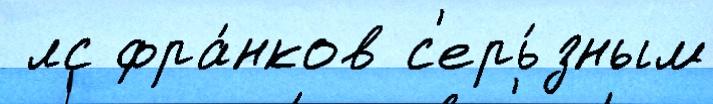
 лс фра́нков с'ерь́зным